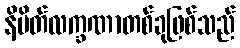
နိမိတ်လက္ခဏာတစ်ခုဖြစ်သည်